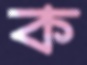
ক